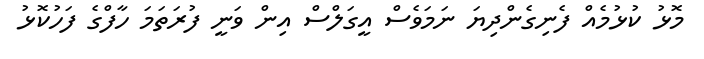
މޮޅު ކުޅުމެއް ފެނިގެންދިޔަ ނަމަވެސް އީގަލްސް އިން ވަނީ ފުރަތަމަ ހާފްގެ ފަހުކޮޅު